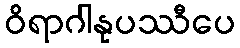
ဝိရာဂါနုပဿီပေ